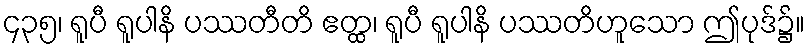
၄၃၅၊ ရူပီ ရူပါနိ ပဿတီတိ ဧတ္ထ၊ ရူပီ ရူပါနိ ပဿတိဟူသော ဤပုဒ်၌။